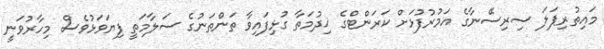
މައިތުރިޕަލަ ސިރިސޭނާގެ އަމުރުފުޅަށް ކަރަންޓްގެ ޚިދުމަތާ ގުޅިފައިވާ ތަންތަނުގެ ސަލާމަތީ ފިޔަވަޅުވެސް މިހާރުވަނީ